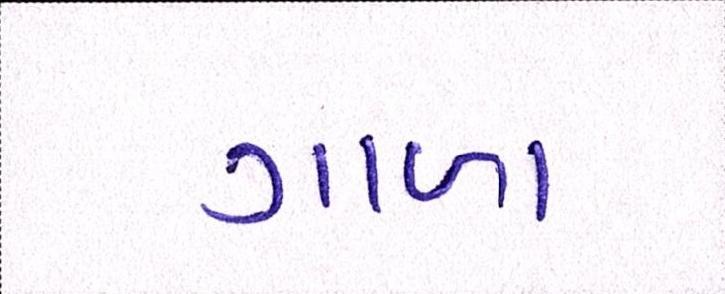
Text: ગાળા